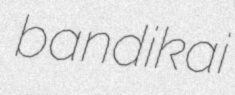
bandikai